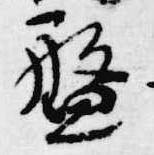
盤